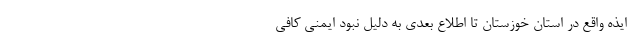
- ایذه واقع در استان خوزستان تا اطلاع بعدی به دلیل نبود ایمنی کافی